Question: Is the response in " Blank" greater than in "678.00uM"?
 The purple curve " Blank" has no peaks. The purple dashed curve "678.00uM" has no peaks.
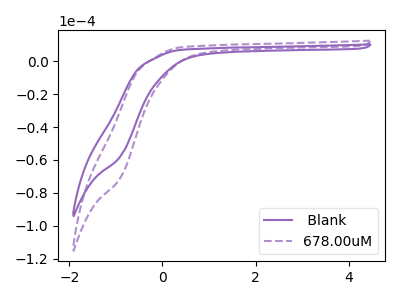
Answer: <think>Neither " Blank" or "678.00uM" have any peaks.
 </think>
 <answer>I cant tell if " Blank" or "678.00uM" has more signal.</answer>
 <eval>mixed_signal</eval>